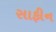
સાફીન